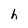
Character: h